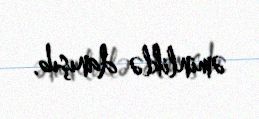
əminliklə danışıb.